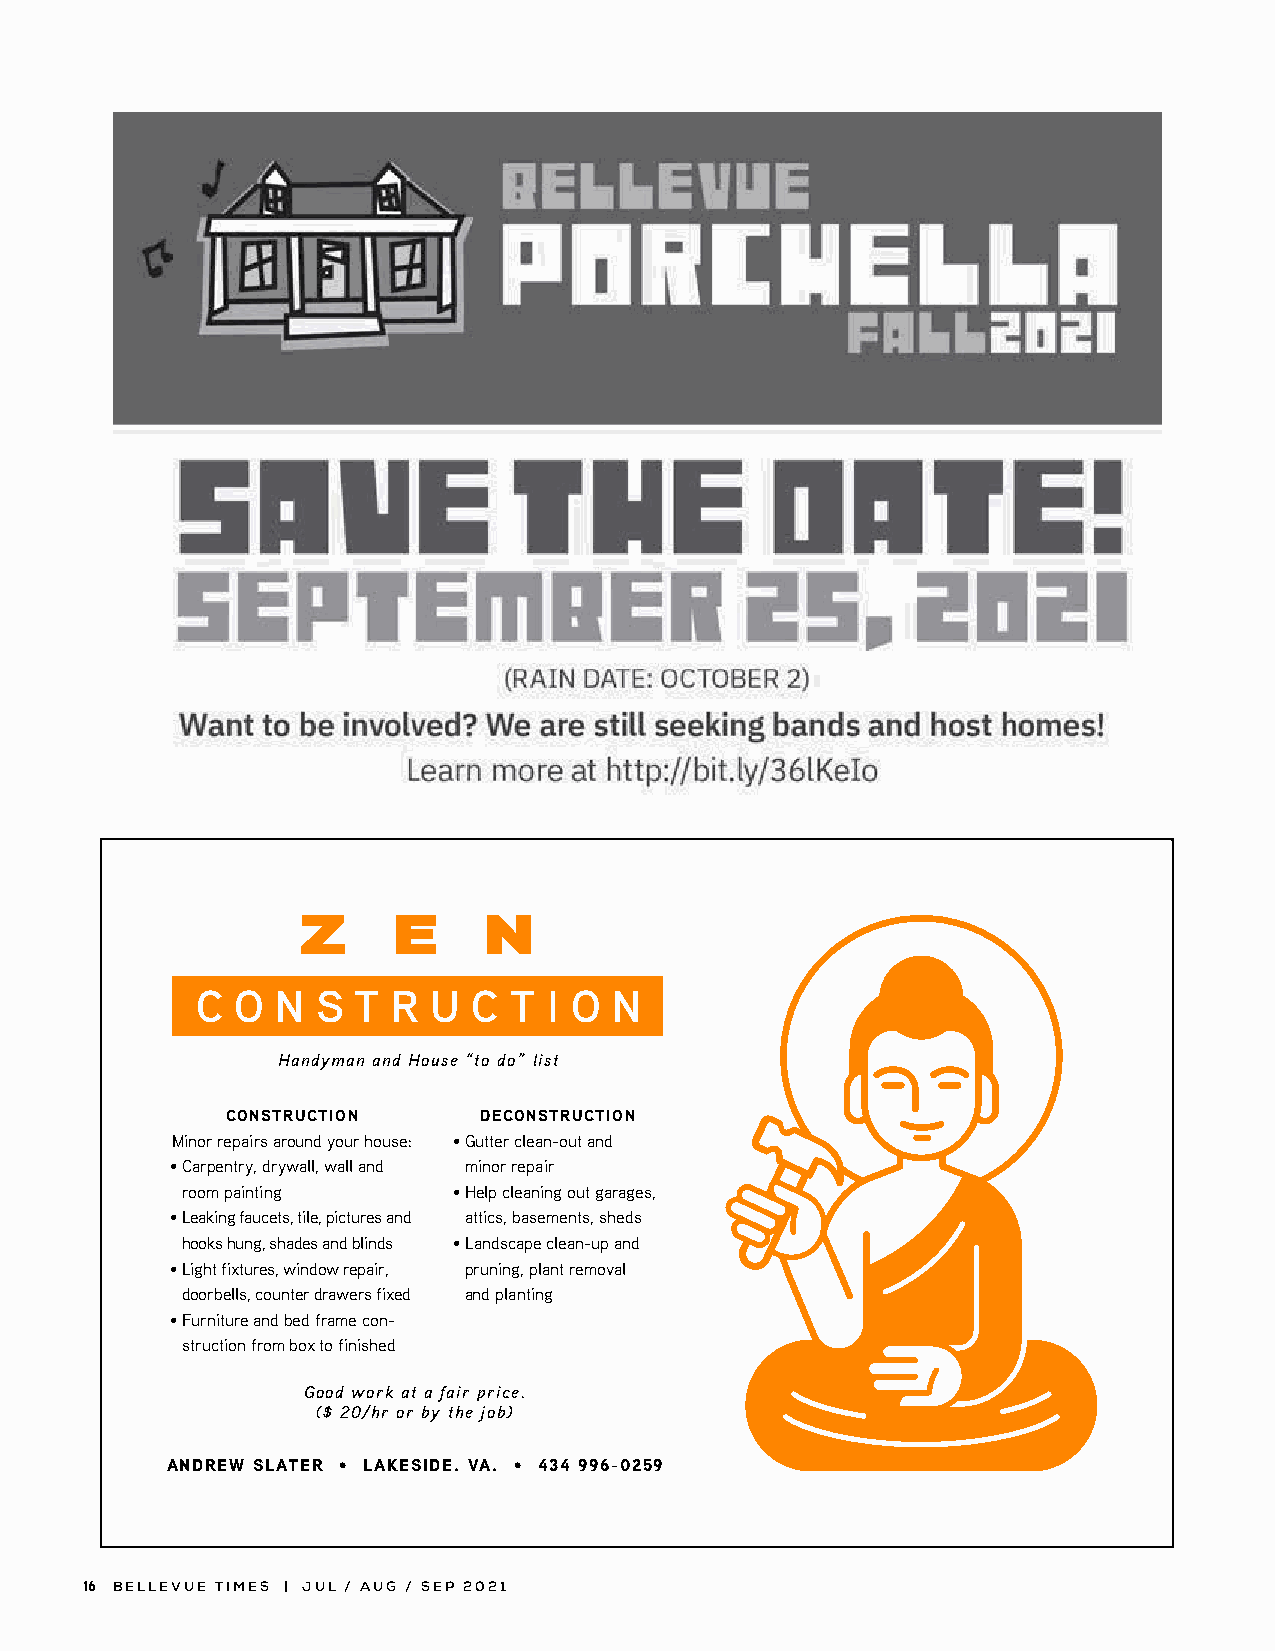
Z     E     N
 C  O N  S T  R U  C  T I O  N
 Handyman and House “to do” list
 CONSTRUCTION     DECONSTRUCTION
 Minor repairs around your house: • Gutter clean-out and
 • Carpentry, drywall, wall and minor repair
 room painting     • Help cleaning out garages,
 • Leaking faucets, tile, pictures and attics, basements, sheds
 hooks hung, shades and blinds • Landscape clean-up and
 • Light fixtures, window repair, pruning, plant removal
 doorbells, counter drawers fixed and planting
 • Furniture and bed frame con-
 struction from box to finished
 Good work at a fair price.
 ($ 20/hr or by the job)
 ANDREW SLATER • LAKESIDE. VA. • 434 996-0259
 16 BELLEVUE TIMES | JUL / AUG / SEP 2021